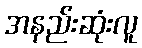
အနည်းဆုံးလူ